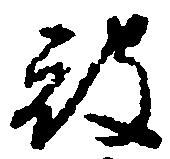
被